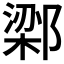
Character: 𬪔